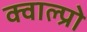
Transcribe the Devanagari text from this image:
क्वाल्प्रो